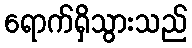
ရောက်ရှိသွားသည်